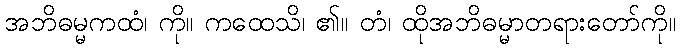
အဘိဓမ္မကထံ၊ ကို။ ကထေသိ၊ ၏။ တံ၊ ထိုအဘိဓမ္မာတရားတော်ကို။